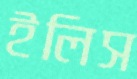
ইলিস